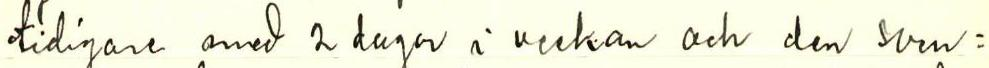
tidigare med 2 dagar i veckan och den sven=